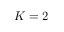
K = 2